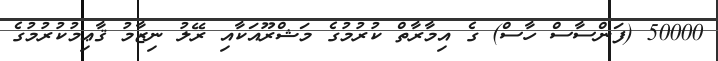
50000 (ފަންސާސް ހާސް) ގެ އިމާރާތް ކުރުމުގެ މަޝްރޫއަކާއި ރޭލު ނިޒާމު ޤާޢިމުކުރުމުގެ